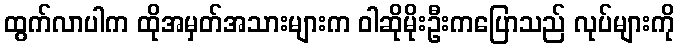
ထွက်လာပါက ထိုအမှတ်အသားများက ဝါဆိုမိုးဦးကပြောသည် လုပ်များကို